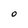
Character: O